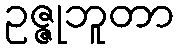
ဥဇ္ဇုဘူတာ